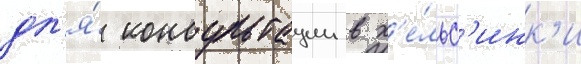
дл'я́ консультации в х'е́льс'инк'и